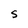
Character: S